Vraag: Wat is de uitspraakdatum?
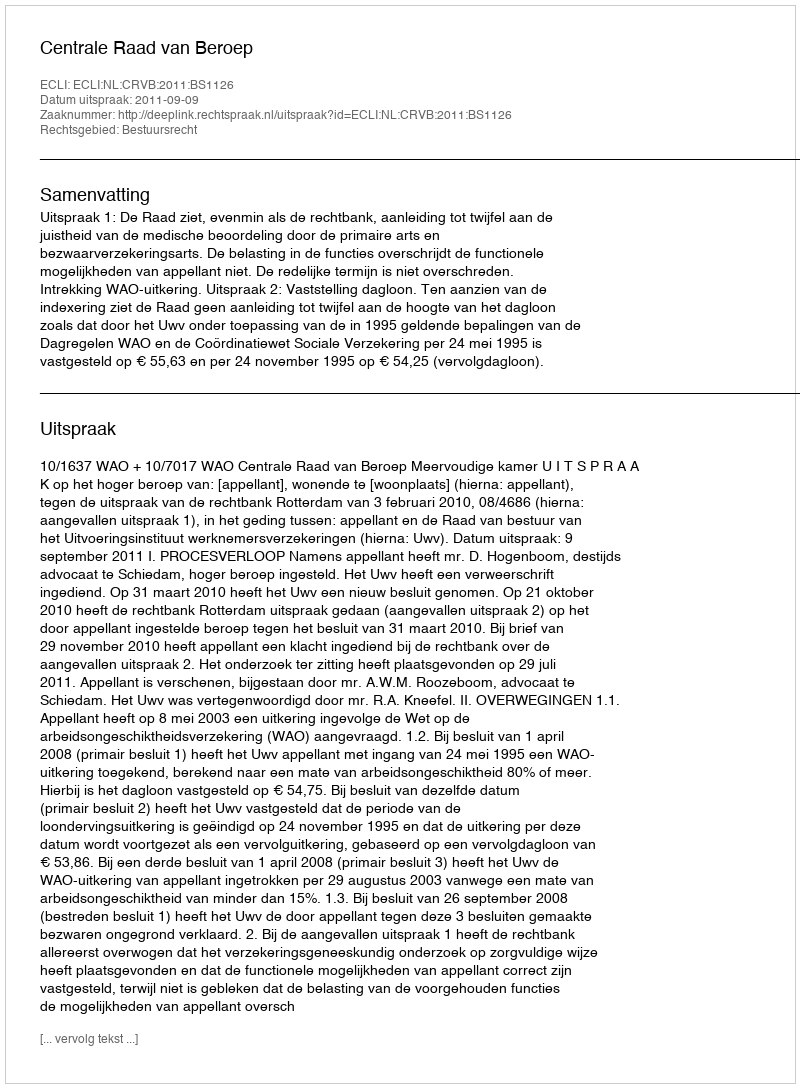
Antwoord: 2011-09-09